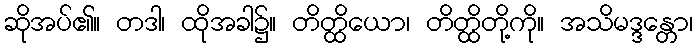
ဆိုအပ်၏။ တဒါ၊ ထိုအခါ၌။ တိတ္ထိယော၊ တိတ္ထိတို့ကို။ အသိမဒ္ဒန္တော၊